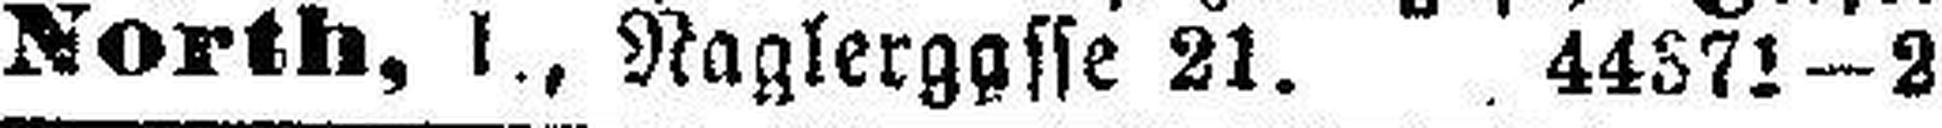
North, l., Naglergasse 21. 44371—2